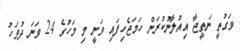
ވަގުތީ ނަތީޖާ އިއުލާނުކުރަން ހަމަޖެހިފައި ވަނީ މި މަހުގެ 24 ވަނަ ދުވަހު